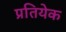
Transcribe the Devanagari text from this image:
प्रतियेक